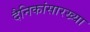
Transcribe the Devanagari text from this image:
दैनिकांसारख्या